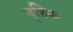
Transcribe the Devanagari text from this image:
दुहिक